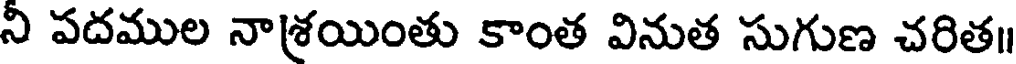
ని పదముల నాశ్రయింతు కాంత వినుత సుగుణ చరిత॥